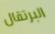
البرتقال